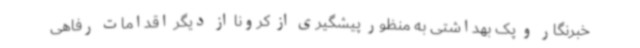
خبرنگار و پک بهداشتی به منظور پیشگیری از کرونا از دیگر اقدامات رفاهی